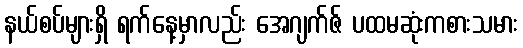
နယ်စပ်များရှိ ရက်နေ့မှာလည်း အေဂျက်ဇ် ပထမဆုံးကစားသမား